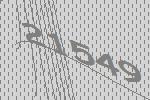
21549